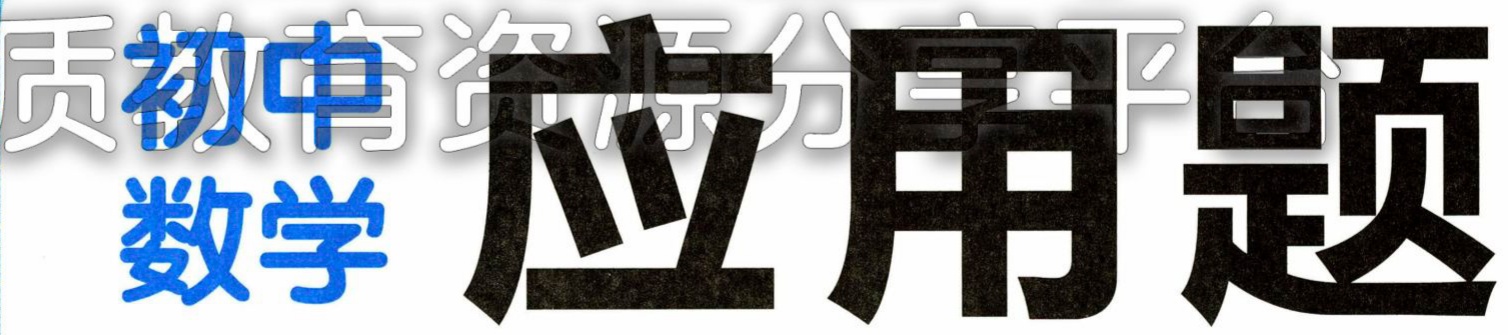
数学应用题